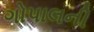
ગોપાલની